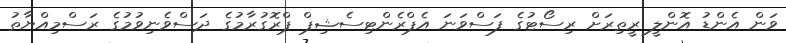
ވަން އެންޑު އޮންލީ ރީތިރަށް ރިސޯޓުގެ ފަސްވަނަ އެޕްރެންޓިސެޝިޕް ޕްރޮގުރާމުގެ ދަސްވެނިވުމުގެ ރަސްމިއްޔާތު